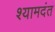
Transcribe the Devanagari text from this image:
श्यामदंत